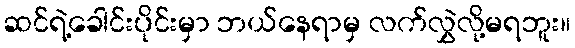
ဆင်ရဲ့ခေါင်းပိုင်းမှာ ဘယ်နေရာမှ လက်လွှဲလို့မရဘူး။